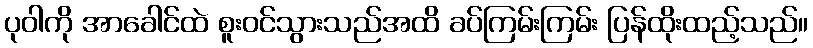
ပုဝါကို အာခေါင်ထဲ စူးဝင်သွားသည်အထိ ခပ်ကြမ်းကြမ်း ပြန်ထိုးထည့်သည်။